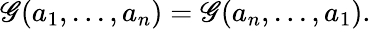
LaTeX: {\cal\mathscr{G}}(a_{1},...,a_{n})={\cal\mathscr{G}}(a_{n},...,a_{1}).